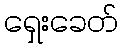
ရှေးခေတ်